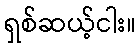
ရှစ်ဆယ့်ငါး။